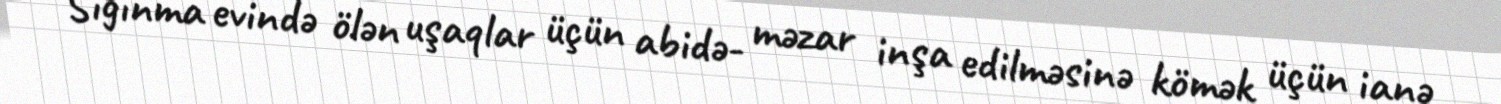
Sığınma evində ölən uşaqlar üçün abidə- məzar inşa edilməsinə kömək üçün ianə